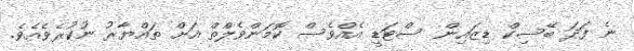
ނެ ފަދަ ބޭސިކް ޑިޒައިން ސްޓަޑީ އެއްވެސް ކޮމަންވެލްތް އަށް ތައްޔާރު ނުކުރެވެއެވެ.